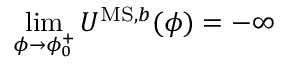
\operatorname* { l i m } _ { \phi \to \phi _ { 0 } ^ { + } } U ^ { \mathrm { M S , } b } ( \phi ) = - \infty